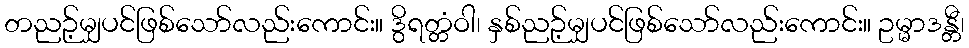
တညဉ့်မျှပင်ဖြစ်သော်လည်းကောင်း။ ဒွိရတ္တံဝါ၊ နှစ်ညဉ့်မျှပင်ဖြစ်သော်လည်းကောင်း။ ဥမ္မာဒန္တီ၊